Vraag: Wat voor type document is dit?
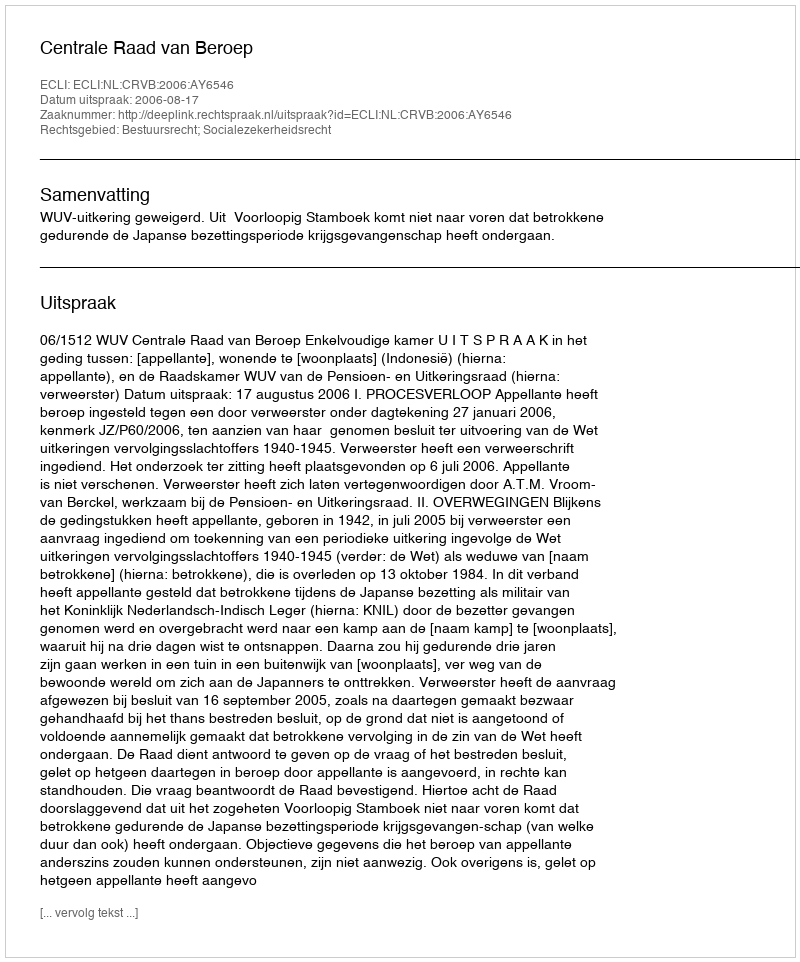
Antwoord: Uitspraak